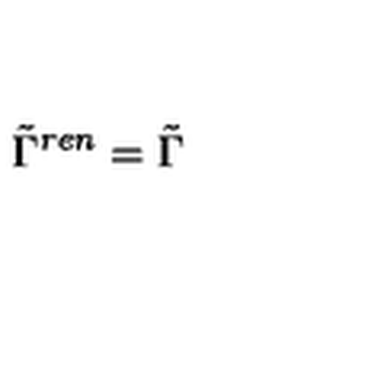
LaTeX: \tilde { \Gamma } ^ { r e n } = \tilde { \Gamma }